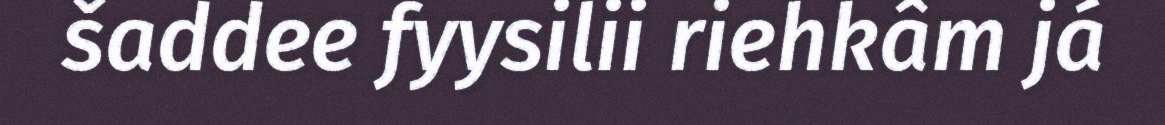
šaddee fyysilii riehkâm já